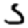
Digit: 5